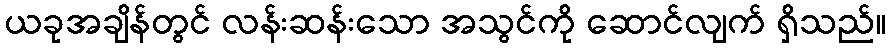
ယခုအချိန်တွင် လန်းဆန်းသော အသွင်ကို ဆောင်လျက် ရှိသည်။